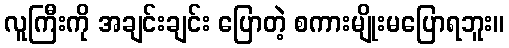
လူကြီးကို အချင်းချင်း ပြောတဲ့ စကားမျိုးမပြောရဘူး။